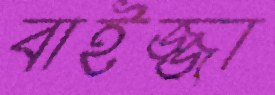
বাইজ্জা